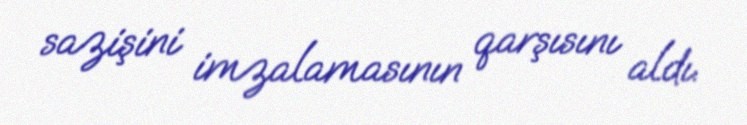
sazişini imzalamasının qarşısını aldı.